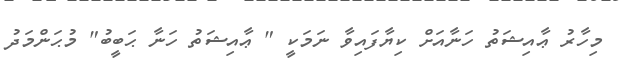
މިހާރު ޢާއިޝަތު ހަނާއަށް ކިޔާފައިވާ ނަމަކީ " ޢާއިޝަތު ހަނާ ޙަބީބު" މުޙަންމަދު